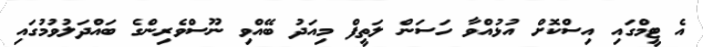
އެ ޓީމްގައި އިސްކޮށް އުޅުއްވާ ހަސަން ލަތީފް މިއަދު ބޭއްވި ނޫސްވެރިންގެ ބައްދަލުވުމުގައި